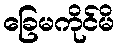
ခြေမကိုင်မိ